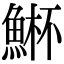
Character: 𮫾